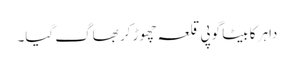
داہر کا بیٹا گوپی قلعہ چھوڑ کر بھاگ گیا۔